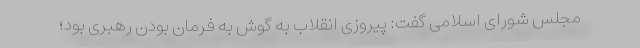
مجلس شورای اسلامی گفت: پیروزی انقلاب به گوش به فرمان بودن رهبری بود؛